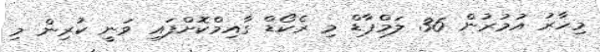
މިހާރު އުމުރުން 36 ލަމްޕާޑް މި ރެކޯޑް ގާއިމްކޮށްފައި ވަނީ ކުރިން މި